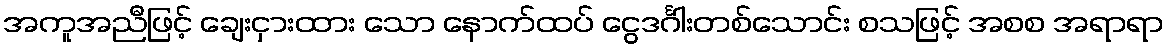
အကူအညီဖြင့် ချေးငှားထား သော နောက်ထပ် ငွေဒင်္ဂါးတစ်သောင်း စသဖြင့် အစစ အရာရာ